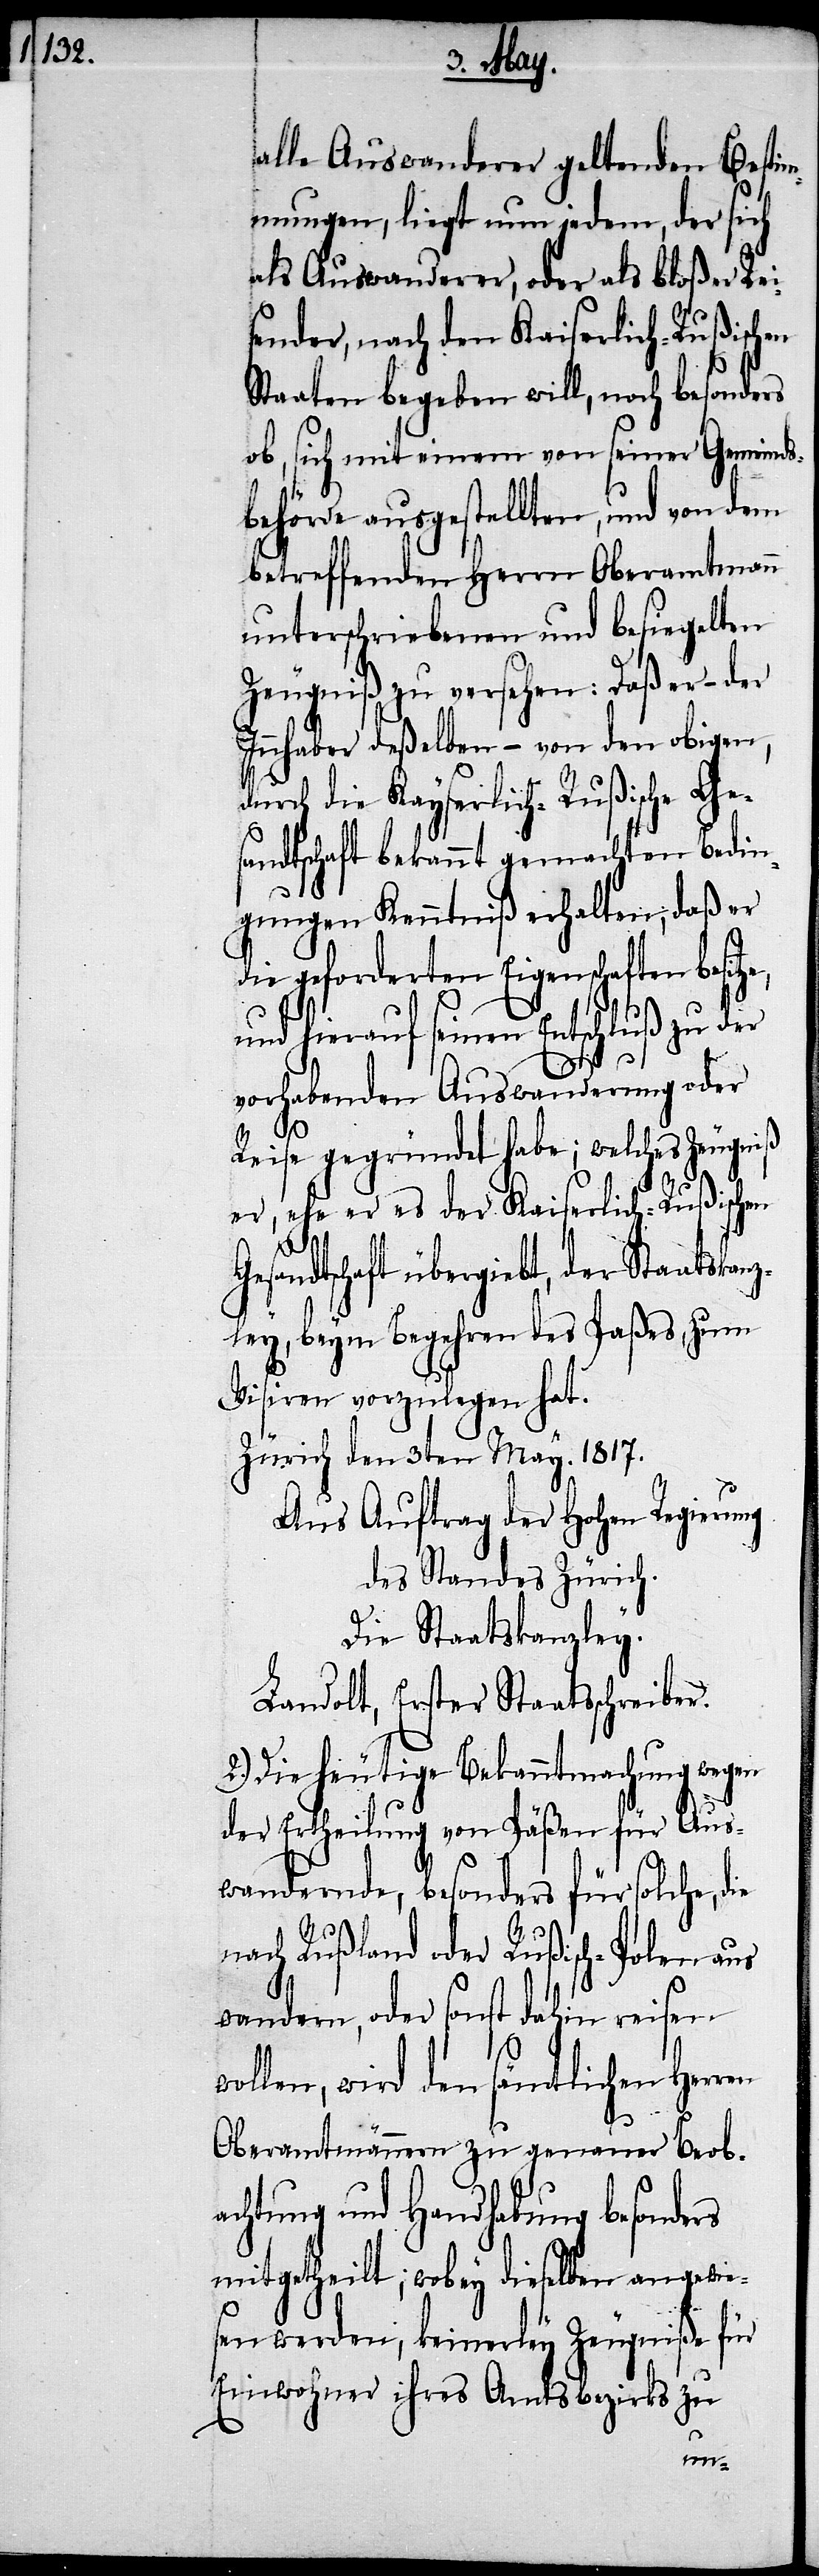
alle Auswanderer geltenden Besti¬
mmungen, liegt nun jedem, der sich
als Auswanderer, oder als bloßer Rei¬
sender, nach den Kaiserlich-Rußischen
Staaten begeben will, noch besonders
ob sich mit einem von seiner Gemeind¬
sbehörde ausgestellten, und von dem
betreffenden Herrn Oberamtmann
unterschriebenen und besiegelten
Zeugniß zu versehen: daß er – der
Inhaber deßelben – von den obigen,
durch die Kayserlich-Rußische Ges¬
andtschaft bekannt gemachten Bedin¬
gungen Kenntniß erhalten, daß er
die geforderten Eigenschaften besitz¬
nd hierauf seinen Entschluß zu
vorhabenden Auswanderung oder
Reise gegründet habe; welches Zeugniß
er, ehe er es der Kaiserlich-Rußischen
esandtschaft übergiebt der Staatskan¬
zley, beym Begehren des Paßes, zum
Visiren vorzulegen hat.
Zürich den 3ten May. 1817.
Aus Auftrag der Hohen Regierung
des Standes Zürich.
Die Staatskanzley.
Landolt, Erster Staatsschreiber.
2.) Die heutige Bekanntmachung wegen
der Ertheilung von Päßen für Aus¬
wandernde, besonders für solche, d¬
nach Rußland oder Rußisch-Polen aus¬
wandern, oder sonst dahin reisen
wollen, wird den sämtlichen Herr¬
Oberamtmännern zu genauer Beob¬
achtung und Handhabung besonders
mitgetheilt; wobey dieselben angewie¬
sen werden, keinerley Zeugniße für
Einwohner ihres Amtsbezirks zu
en